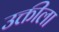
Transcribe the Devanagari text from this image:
उक्तीला